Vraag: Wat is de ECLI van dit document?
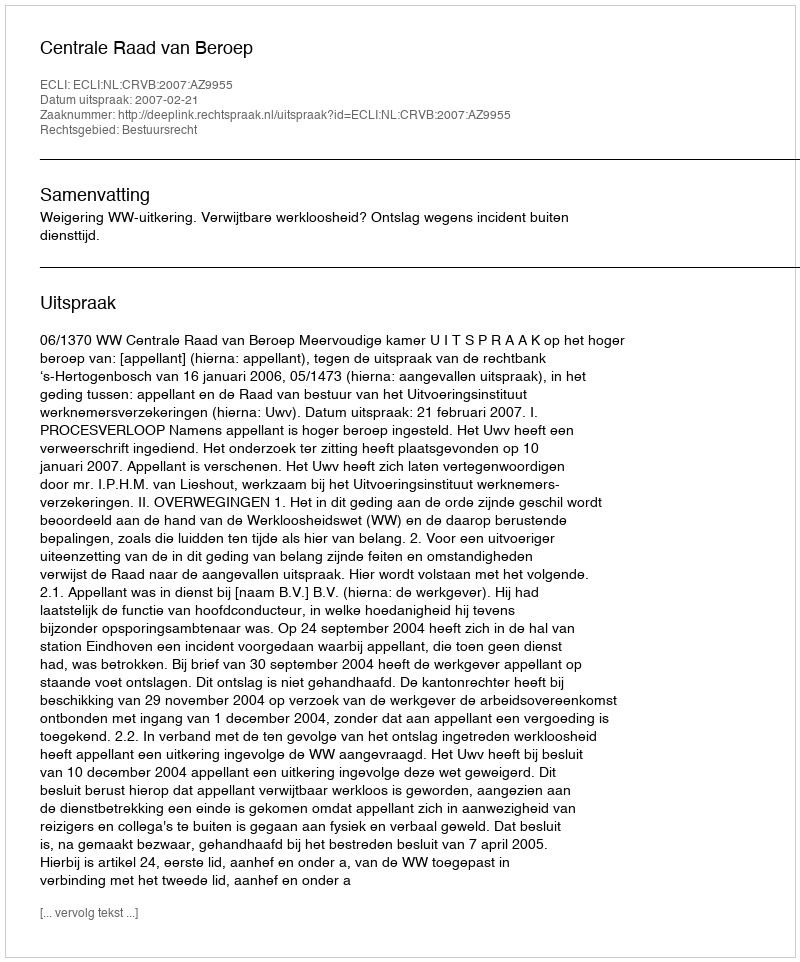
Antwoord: ECLI:NL:CRVB:2007:AZ9955